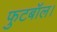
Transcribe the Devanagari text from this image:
फुटबॉल।